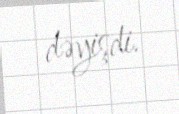
dəyişdi.